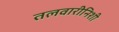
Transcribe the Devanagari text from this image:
तलवारीनिशी